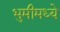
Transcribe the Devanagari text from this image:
भुमीमध्ये